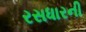
રસધારની